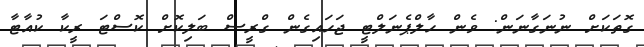
ގޮތަކަށް ނުނަގާނަން: ވެން ހާލްޕެނަލްޓީ ޖަހައިގެން ގްރީސް ބަލިކޮށް ކޮސްޓަ ރީކާ ކުއާޓާ